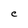
Character: C